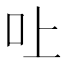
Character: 𠮵